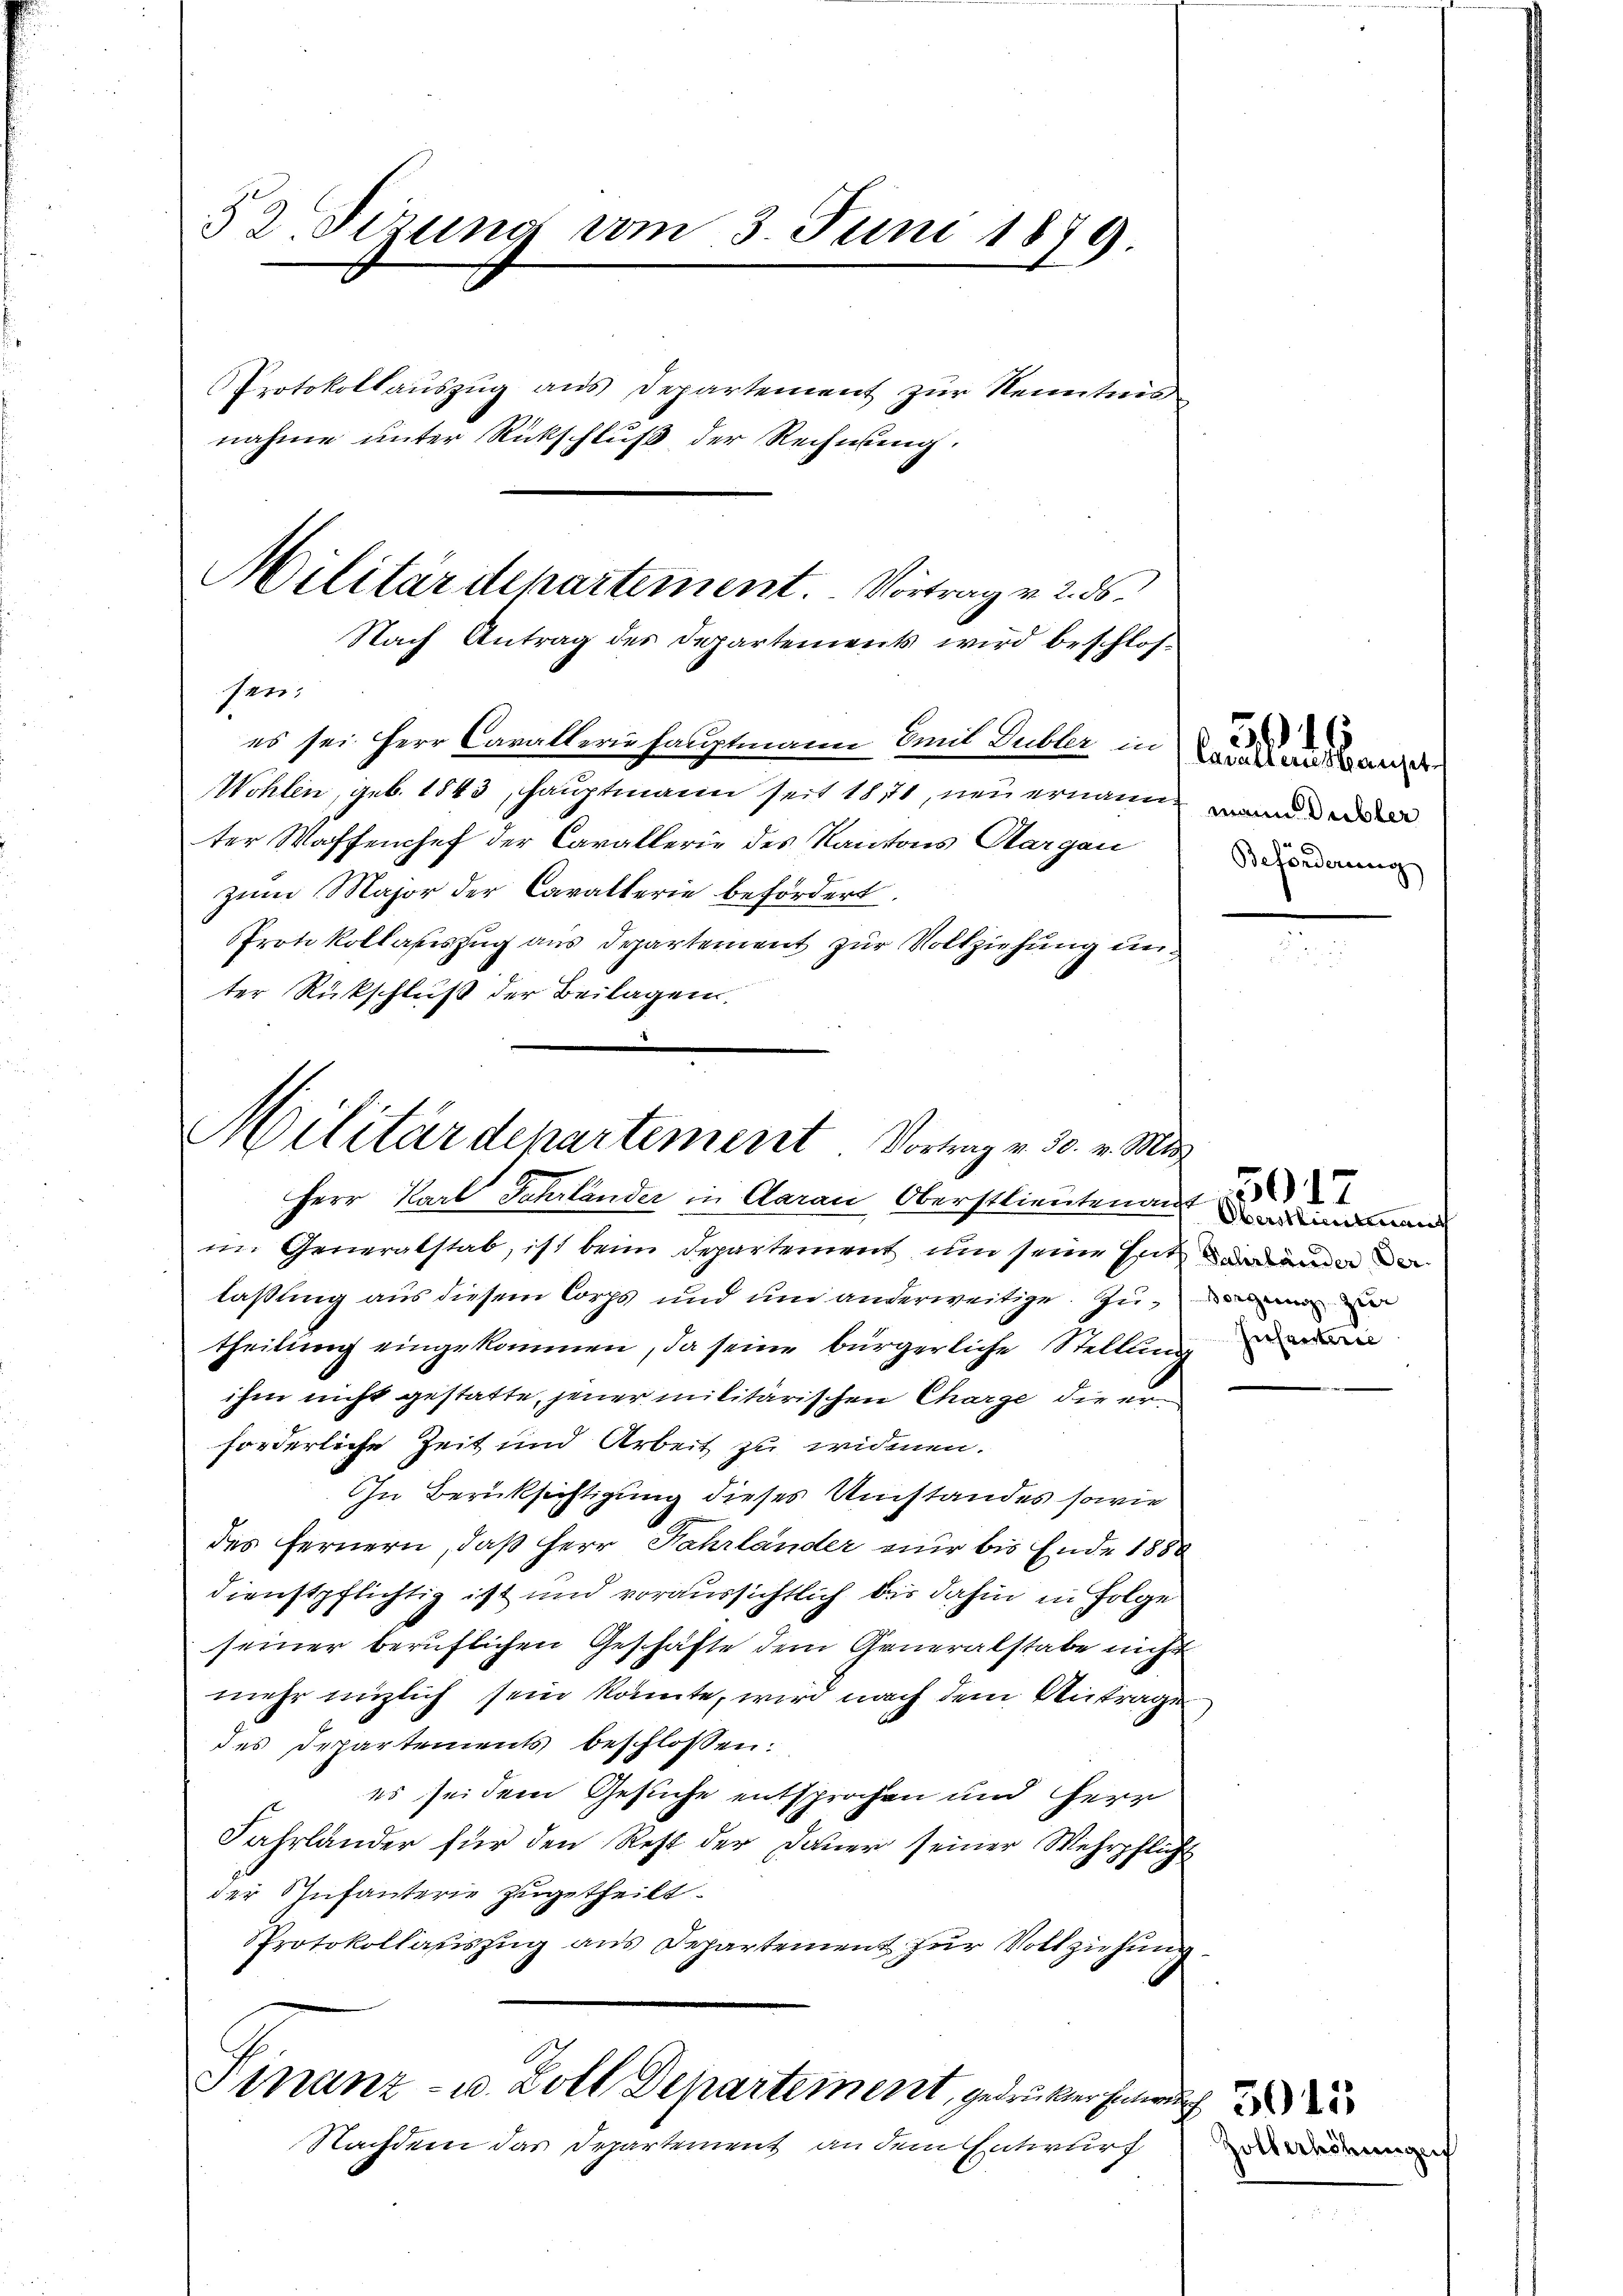
32 Fizung vom 3. Juni 1879.
Protokollaŭszŭg aŭs Departement zŭr Neuertwes
nahme unter Rückschluß der Rechnung.

Militärdepartement. Vortrag v. 2. 56.
Nach Antrag des Departements wird beschlos
sen:
es sei Herr Cavalleriehauptmann mit Dubler in

Wohlen, geb. 1843, hauptmann seit 18171, neu ernannt wann e
ter Waffenchef der Carallerie des Kantons Aargau
zum Major der Cavallerie befördert
PProtokollasiszug aus Departement zur Vollziehung unter Rückschluß der Beilagen.

Militärdepartement. Vortrag v. 30. v. Mit
Herr Karl Jahrländer in Aarau Oberstlieutenant in an

im Generalstab, ist beim Departement und seine Entwedenen der
lassung aus diesem Corps und und anderweitige zu ein
theilung eingekommen, da seine bürgerliche Stellung de
ihm nicht gestatte, jener militärischen Charge die erforderliche Zeit und Arbeit zu widmen.
In Berücksichtigung dieses Umstandes sowie
des fernern, daß Herr Fahrländer nur bis Ende 1880
dienstpflichtig ist und voraussichtlich dir dahin in Folge
seiner beruflichen Geschäfte dem Generalstabe nicht
mehr enzlich sein könnte, wird nach dem Antrage
des Departements beschlossen:
es sei dem Gesuche entsprochen und Herr
Fahrländer für den Rest der Dauer seiner Wehrpflicht
der Infanterie zugetheilt.
Protokollauszug aus Departement zur Vollziehung
Finanz- u. Zoll Departement, gedrucker Entwurf
Nachdem das Departement an dem Entwurf

Beförderung

50

3017

llerhöhungen

Cavaller seinset